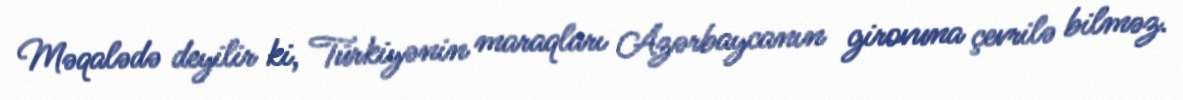
Məqalədə deyilir ki, Türkiyənin maraqları Azərbaycanın girovuna çevrilə bilməz.